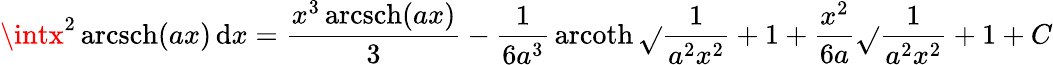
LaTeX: \intx^{2}\operatorname{arcsch}(ax)\, \mathrm{d}x={\frac{{x^{3}\operatorname{arcsch}(ax)}}{{3}}}-{\frac{{1}}{{6a^{3}}}}\operatorname{arcoth}{\sqrt{}{{{\frac{{1}}{{a^{2}x^{2}}}}+1}}}+{\frac{{x^{2}}}{{6a}}}{\sqrt{}{{{\frac{{1}}{{a^{2}x^{2}}}}+1}}}+C